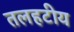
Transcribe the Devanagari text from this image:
तलहटीय